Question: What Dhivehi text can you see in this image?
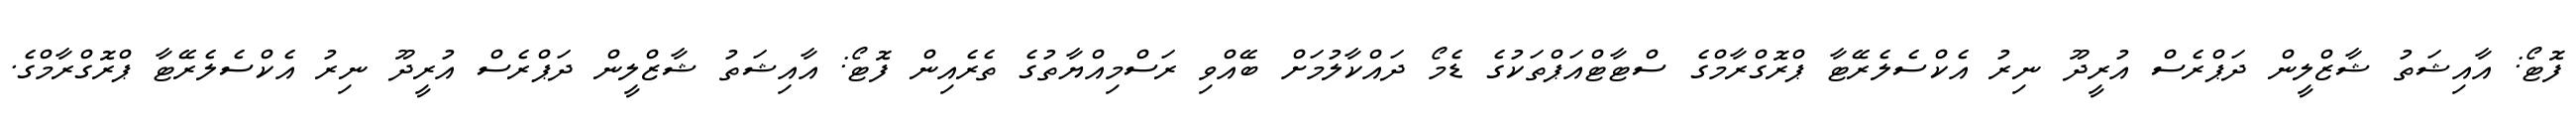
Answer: ފޮޓޯ: އާއިޝަތު ޝާޒްލީން ދަޕްރެސް އުރީދޫ ނިރު އެކްސެލެރޭޓާ ޕްރޮގްރާމްގެ ސްޓާޓްއަޕްތަކުގެ ޑެމޯ ދައްކާލުމަށް ބޭއްވި ރަސްމިއްޔާތުގެ ތެރެއިން ފޮޓޯ: އާއިޝަތު ޝާޒްލީން ދަޕްރެސް އުރީދޫ ނިރު އެކްސެލެރޭޓާ ޕްރޮގްރާމްގެ.